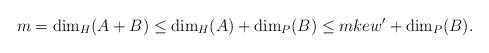
LaTeX: \begin{align*}m=\dim_H(A+B)\leq \dim_H(A)+\dim_P(B)\leq mkew^{\prime}+ \dim_P(B). \end{align*}